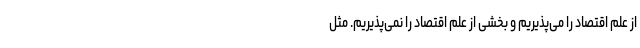
از علم اقتصاد را می‌پذیریم و بخشی از علم اقتصاد را نمی‌پذیریم. مثل